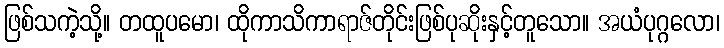
ဖြစ်သကဲ့သို့။ တထူပမော၊ ထိုကာသိကာရာဇ်တိုင်းဖြစ်ပုဆိုးနှင့်တူသော။ အယံပုဂ္ဂလော၊